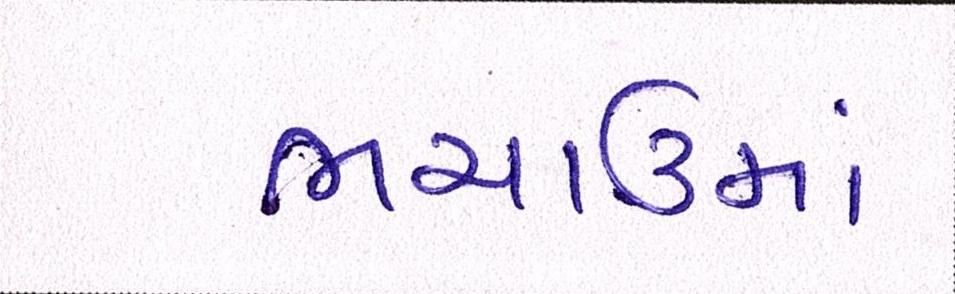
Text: ભચાઉમાં